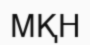
МҚН